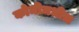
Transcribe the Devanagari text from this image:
कोमीमधील